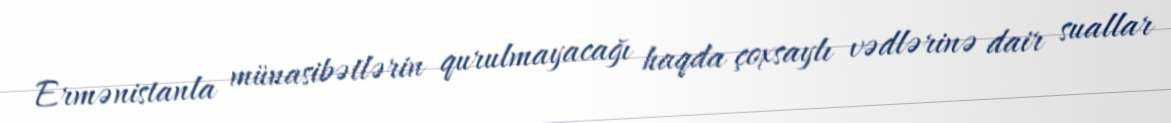
Ermənistanla münasibətlərin qurulmayacağı haqda çoxsaylı vədlərinə dair suallar